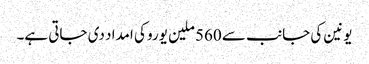
یونین کی جانب سے 560 ملین یورو کی امداد دی جاتی ہے۔